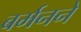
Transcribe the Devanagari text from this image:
बर्मनने